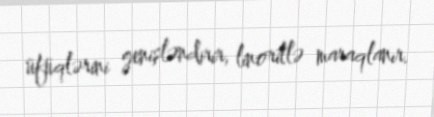
üfüqlərini genişləndirir, linoritlə maraqlanır.